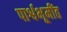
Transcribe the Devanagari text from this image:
पार्श्वभूमींत